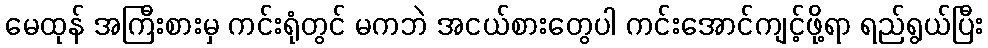
မေထုန် အကြီးစားမှ ကင်းရုံတွင် မကဘဲ အငယ်စားတွေပါ ကင်းအောင်ကျင့်ဖို့ရာ ရည်ရွယ်ပြီး